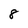
Character: 8